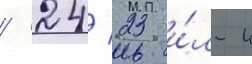
/ 24/ 23 и́л-4